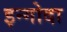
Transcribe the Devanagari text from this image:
इन्गोदा